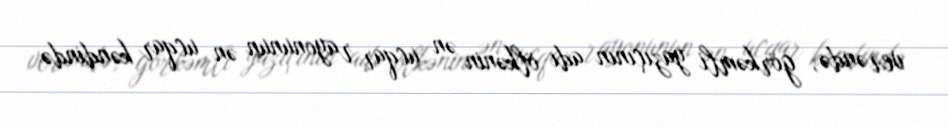
verəndə, görkəmli yazıçının adı ölkənin ən ucqar rayonunun ən ucqar kəndində